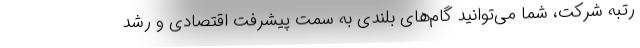
رتبه شرکت، شما می‌توانید گام‌های بلندی به سمت پیشرفت اقتصادی و رشد